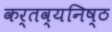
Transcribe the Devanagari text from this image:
कर्तव्‍यनिष्‍ठ